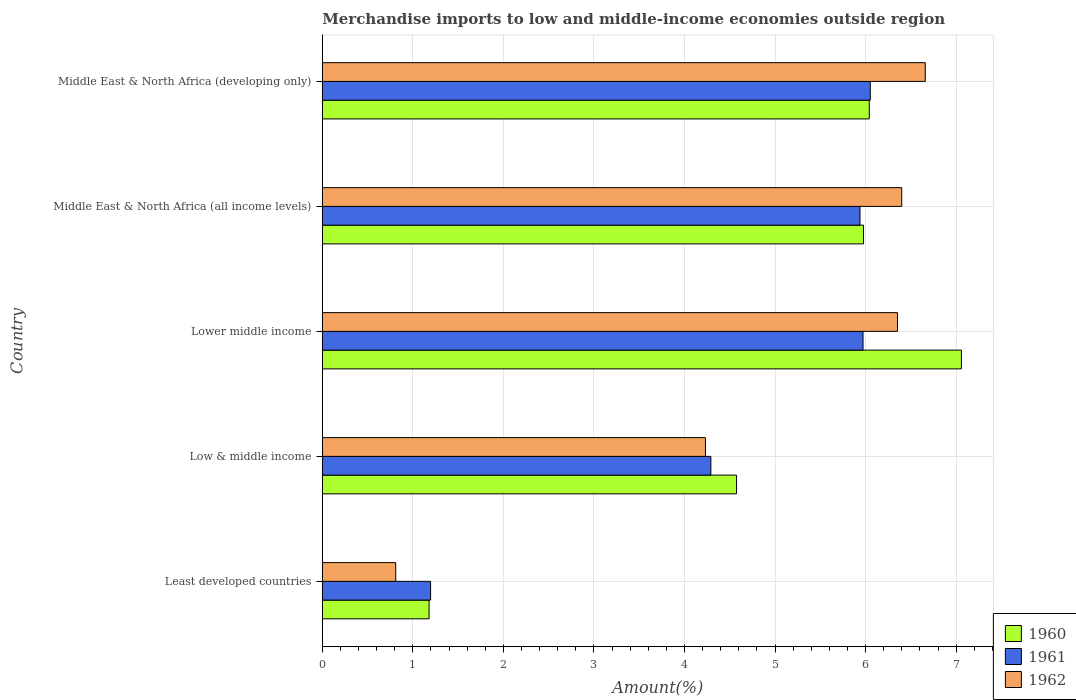
| Country | 1960 | 1961 | 1962 |
 | --- | --- | --- | --- |
 | Least developed countries | 1.18 | 1.2 | 0.81 |
 | Low & middle income | 4.57 | 4.29 | 4.23 |
 | Lower middle income | 7.06 | 5.97 | 6.35 |
 | Middle East & North Africa (all income levels) | 5.98 | 5.94 | 6.4 |
 | Middle East & North Africa (developing only) | 6.04 | 6.05 | 6.66 |